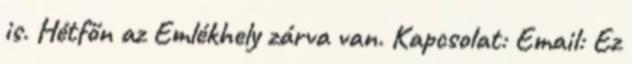
is. Hétfőn az Emlékhely zárva van. Kapcsolat: Email: Ez